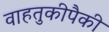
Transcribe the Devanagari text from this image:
वाहतुकीपैकी